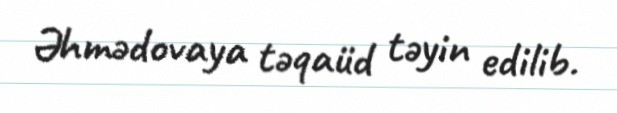
Əhmədovaya təqaüd təyin edilib.